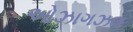
ઓઝાગઝલ